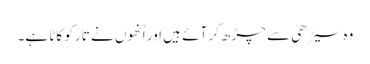
وہ سیڑھی سے چڑھ کر آئے ہیں اور اُنھوں نے تار کو کاٹا ہے۔